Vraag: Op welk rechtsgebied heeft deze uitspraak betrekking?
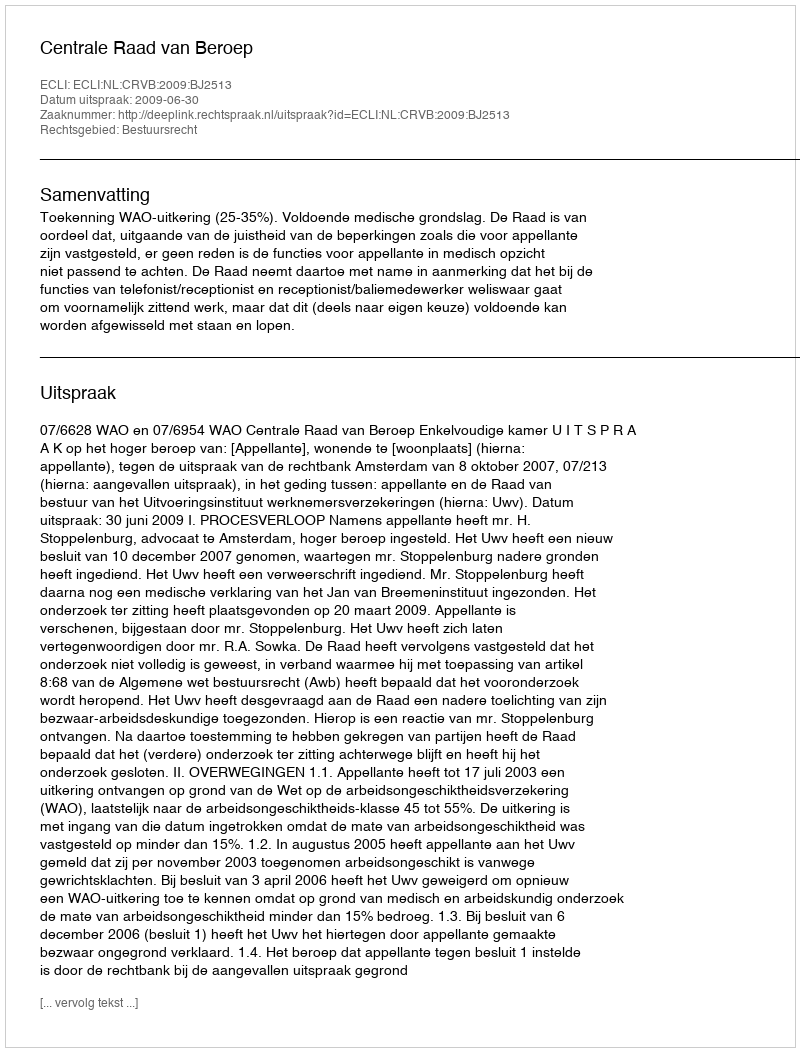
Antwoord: Bestuursrecht